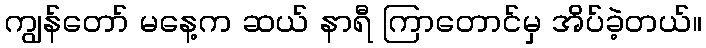
ကျွန်တော် မနေ့က ဆယ် နာရီ ကြာတောင်မှ အိပ်ခဲ့တယ်။